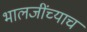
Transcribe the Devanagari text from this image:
भालजींच्याच